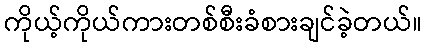
ကိုယ့်ကိုယ်ကားတစ်စီးခံစားချင်ခဲ့တယ်။